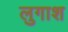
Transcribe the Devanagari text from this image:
लुगाश